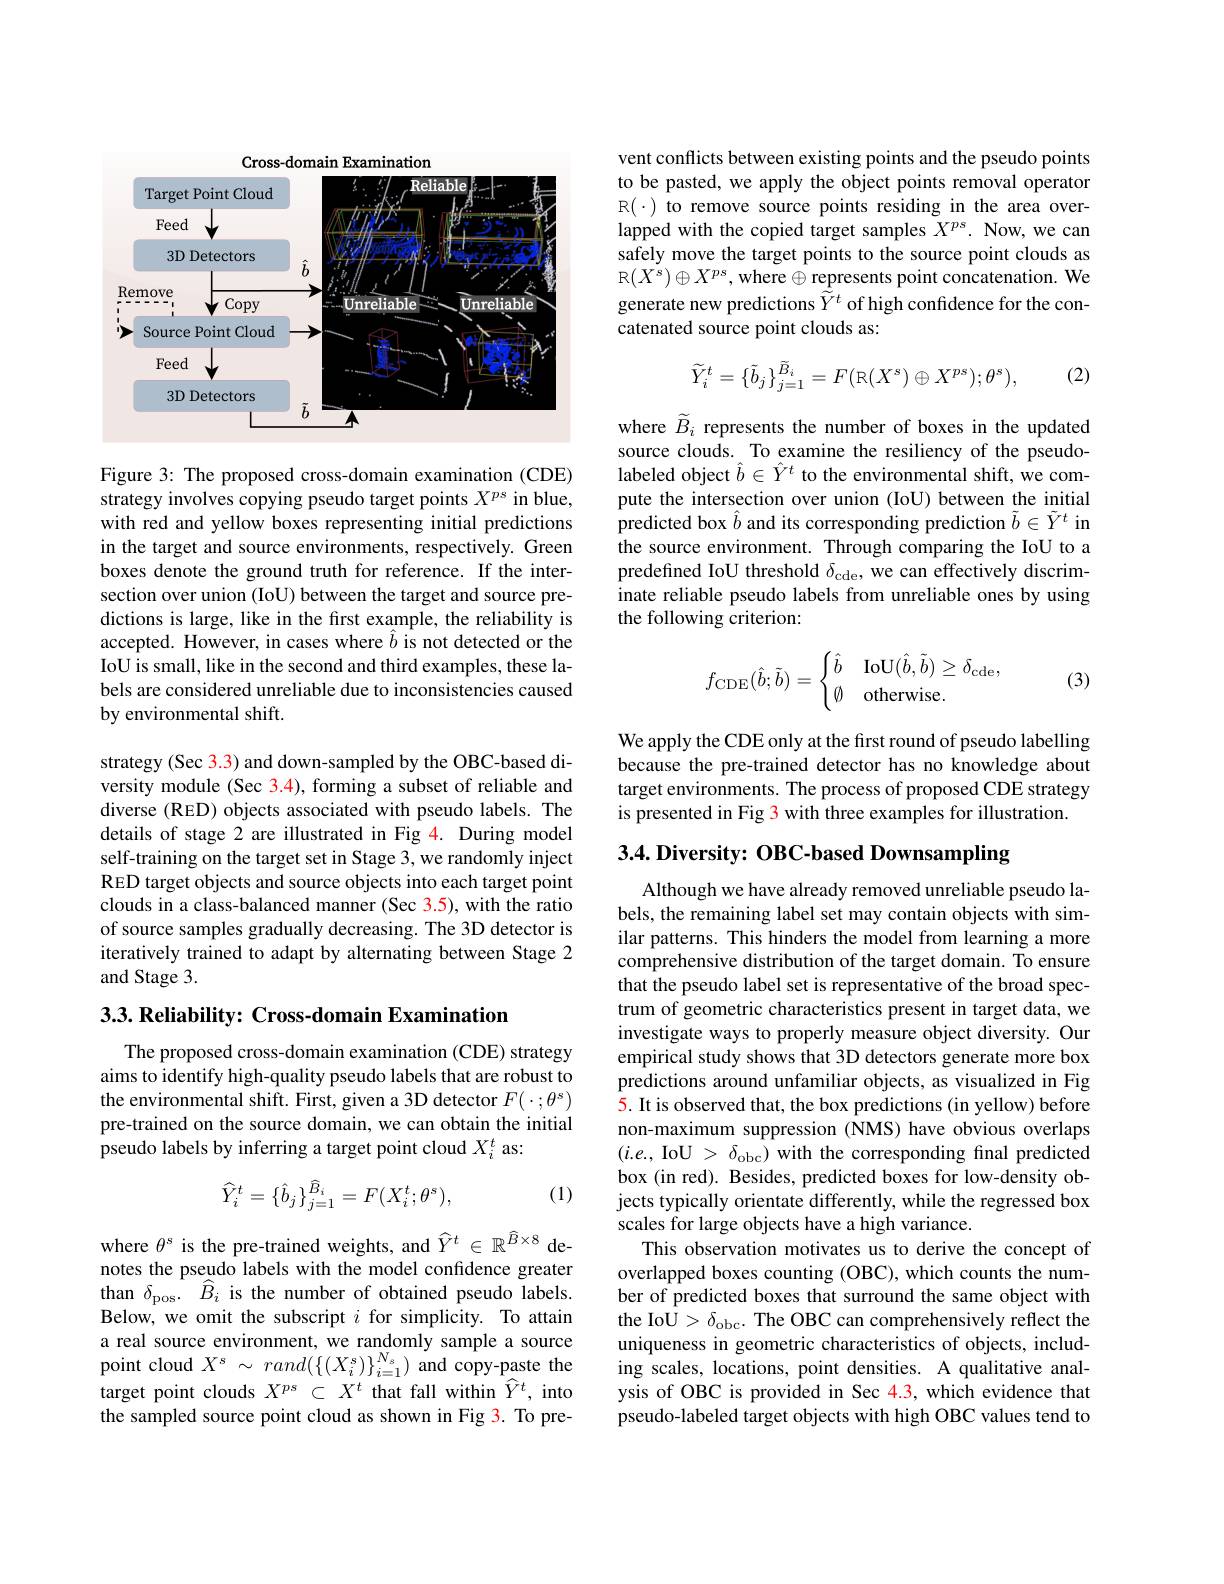
Cross-domain Examination
<FigureHere>

Figure 3: The proposed cross-domain examination (CDE) strategy involves copying pseudo target points $X^ps$ in blue, with red and yellow boxes representing initial predictions in the target and source environments, respectively. Green boxes denote the ground truth for reference. If the intersection over union (IoU) between the target and source predictions is large, like in the frst example, the reliability is accepted. However, in cases where $\hat{b}$ is not detected or the IoU is small, like in the second and third examples, these labels are considered unreliable due to inconsistencies caused by environmental shift.

strategy (Sec 3.3) and down-sampled by the OBC-based diversity module (Sec 3.4), forming a subset of reliable and diverse (RED) objects associated with pseudo labels. The details of stage 2 are illustrated in Fig 4. During model self-training on the target set in Stage 3,we randomly inject RED target objects and source objects into each target point clouds in a class-balanced manner (Sec 3.5), with the ratio of source samples gradually decreasing. The 3D detector is iteratively trained to adapt by alternating between Stage 2 and Stage 3.

3.3. Reliability: Cross-domain Examination

The proposed cross-domain examination (CDE) strategy aims to identify high-quality pseudo labels that are robust to the environmental shift. First, given a 3D detector $F(\cdot;\theta^{\mathrm{s}})$ pre-trained on the source domain, we can obtain the initial pseudo labels by inferring a target point cloud $X_i^t$ as:

(1)
$$\widehat{Y}_i^t=\{\hat{b}_j\}_{j=1}^{\widehat{B}_i}=F(X_i^t;\theta^s),$$
where $\theta^s$ is the pre-trained weights, and $\widehat{Y}^t\in\mathbb{R}^{\widehat{B}\times8}$ denotes the pseudo labels with the model confidence greater than $\delta _{\mathrm{pos}}.$ $\hat{B} _{i}$ is the number of obtained pseudo labels. Below, we omit the subscript $i$ for simplicity. To attain a real source environment, we randomly sample a source point cloud $X^s~\sim~rand(\{(X_i^s)\}_{i=1}^{N_s})~$and copy-paste the target point clouds $X^{ps}\subset X^t$ that fall within $\widehat{Y}^t$, into the sampled source point cloud as shown in Fig 3. To pre-

vent conflicts between existing points and the pseudo points to be pasted, we apply the object points removal operator R$(\cdot)$ to remove source points residing in the area overlapped with the copied target samples $X^{ps}.$ Now, we can safely move the target points to the source point clouds as R$(X^{s})\oplus X^{ps}$,where$\oplus$represents point concatenation. We generate new predictions $\hat{\tilde{Y}}^t$ of high confidence for the concatenated source point clouds as:
$$\widetilde{Y}_{i}^{t}=\{\tilde{b}_{j}\}_{j=1}^{\widetilde{B}_{i}}=F(\mathbb{R}(X^{s})\oplus X^{ps});\theta^{s}),$$
(2)

where $\widetilde{B}_i$ represents the number of boxes in the updated source clouds. To examine the resiliency of the pseudolabeled object $\hat{b}\in\hat{Y}^t$ to the environmental shift, we compute the intersection over union (IoU) between the initial $\hat{\text{predicted box }\hat{b}}$ and its corresponding prediction $\tilde{b}\in\tilde{Y}^t$ in the source environment. Through comparing the IoU to a predefined IoU threshold $\delta_\mathrm{cde}$, we can effectively discriminate reliable pseudo labels from unreliable ones by using the following criterion:

(3)
$$f_{\mathrm{CDE}}(\hat{b};\tilde{b})=\begin{cases}\hat{b}&\mathrm{IoU}(\hat{b},\tilde{b})\ge\delta_{\mathrm{cde}},\\\emptyset&\mathrm{otherwise}.\end{cases}$$
We apply the CDE only at the first round of pseudo labelling because the pre-trained detector has no knowledge about target environments. The process of proposed CDE strategy is presented in Fig 3 with three examples for illustration.

## 3.4. Diversity: OBC-based Downsampling

Although we have already removed unreliable pseudo labels, the remaining label set may contain objects with similar patterns. This hinders the model from learning a more comprehensive distribution of the target domain. To ensure that the pseudo label set is representative of the broad spectrum of geometric characteristics present in target data, we investigate ways to properly measure object diversity. Our empirical study shows that 3D detectors generate more box predictions around unfamiliar objects, as visualized in Fig 5. It is observed that, the box predictions (in yellow) before non-maximum suppression (NMS) have obvious overlaps $(i.e.$, IoU > $\delta_\mathrm{obc})$ with the corresponding final predicted box (in red). Besides, predicted boxes for low-density objects typically orientate differently, while the regressed box scales for large objects have a high variance.
This observation motivates us to derive the concept of overlapped boxes counting (OBC), which counts the number of predicted boxes that surround the same object with the IoU> $\delta_\mathrm{obc}.$ The OBC can comprehensively reflect the uniqueness in geometric characteristics of objects, including scales, locations, point densities. A qualitative analysis of OBC is provided in Sec 4.3, which evidence that pseudo-labeled target objects with high OBC values tend to